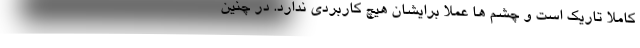
کاملاً تاریک است و چشم ها عملاً برایشان هیچ کاربردی ندارد. در چنین